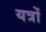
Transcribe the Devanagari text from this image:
यत्रों